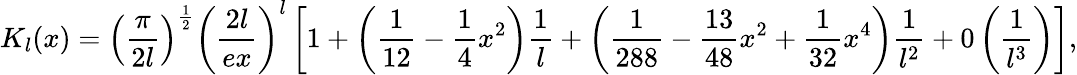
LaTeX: K_{l}(x)=\left(\displaystyle\frac{\pi}{2l}\right)^{\frac{1}{2}}\left(\displaystyle\frac{2l}{ex}\right)^{l}\left[1+\left(\displaystyle\frac{1}{12}-\displaystyle\frac{1}{4}x^{2}\right)\displaystyle\frac{1}{l}+\left(\displaystyle\frac{1}{288}-\displaystyle\frac{13}{48}x^{2}+\displaystyle\frac{1}{32}x^{4}\right)\displaystyle\frac{1}{l^{2}}+0\left(\displaystyle\frac{1}{l^{3}}\right)\right],